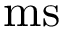
\mathrm { m s }